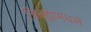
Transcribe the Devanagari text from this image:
जिल्ह्यांमधले